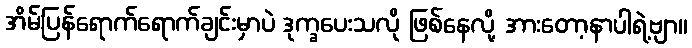
အိမ်ပြန်ရောက်ရောက်ချင်းမှာပဲ ဒုက္ခပေးသလို ဖြစ်နေလို့ အားတော့နာပါရဲ့ဗျာ။